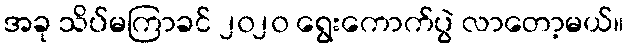
အခု သိပ်မကြာခင် ၂၀၂၀ ရွေးကောက်ပွဲ လာတော့မယ်။